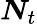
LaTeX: \boldsymbol{N}_{t}